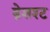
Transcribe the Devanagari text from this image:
ब्रेशश्ट